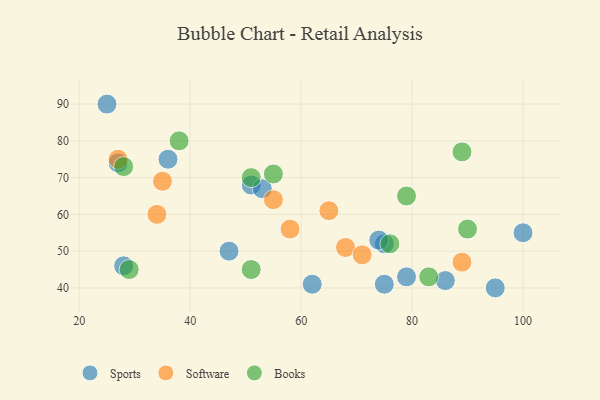
{"axis": {"x": "GDP", "y": "Life Expectancy"}, "legend": ["Books", "Software", "Sports"], "data": [{"x": "25", "y": 90, "type": "Sports"}, {"x": "75", "y": 52, "type": "Sports"}, {"x": "75", "y": 41, "type": "Sports"}, {"x": "95", "y": 40, "type": "Sports"}, {"x": "28", "y": 46, "type": "Sports"}, {"x": "79", "y": 43, "type": "Sports"}, {"x": "86", "y": 42, "type": "Sports"}, {"x": "47", "y": 50, "type": "Sports"}, {"x": "36", "y": 75, "type": "Sports"}, {"x": "100", "y": 55, "type": "Sports"}, {"x": "62", "y": 41, "type": "Sports"}, {"x": "27", "y": 74, "type": "Sports"}, {"x": "51", "y": 68, "type": "Sports"}, {"x": "53", "y": 67, "type": "Sports"}, {"x": "74", "y": 53, "type": "Sports"}, {"x": "68", "y": 51, "type": "Software"}, {"x": "27", "y": 75, "type": "Software"}, {"x": "55", "y": 64, "type": "Software"}, {"x": "35", "y": 69, "type": "Software"}, {"x": "89", "y": 47, "type": "Software"}, {"x": "34", "y": 60, "type": "Software"}, {"x": "65", "y": 61, "type": "Software"}, {"x": "58", "y": 56, "type": "Software"}, {"x": "71", "y": 49, "type": "Software"}, {"x": "55", "y": 71, "type": "Books"}, {"x": "79", "y": 65, "type": "Books"}, {"x": "89", "y": 77, "type": "Books"}, {"x": "90", "y": 56, "type": "Books"}, {"x": "51", "y": 45, "type": "Books"}, {"x": "38", "y": 80, "type": "Books"}, {"x": "28", "y": 73, "type": "Books"}, {"x": "83", "y": 43, "type": "Books"}, {"x": "51", "y": 70, "type": "Books"}, {"x": "29", "y": 45, "type": "Books"}, {"x": "76", "y": 52, "type": "Books"}]}